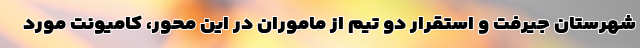
شهرستان جیرفت و استقرار دو تیم از ماموران در این محور، کامیونت مورد